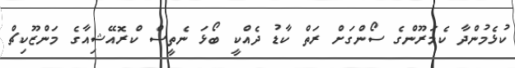
ކުޅެމުންދާ ކެމަރޫންގެ ސޯންގަށް ރަތް ކާޑު ދެއްކީ ބޯޅަ ނެތީސް ކްރޮއޭޝިއާގެ މަންޒޫކިޗް